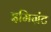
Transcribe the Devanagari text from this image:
इमिग्रंट